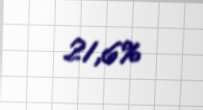
21,6%